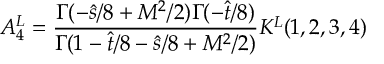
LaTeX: A _ { 4 } ^ { L } = { \frac { \Gamma ( - \hat { s } / 8 + M ^ { 2 } / 2 ) \Gamma ( - \hat { t } / 8 ) } { \Gamma ( 1 - \hat { t } / 8 - \hat { s } / 8 + M ^ { 2 } / 2 ) } } K ^ { L } ( 1 , 2 , 3 , 4 )